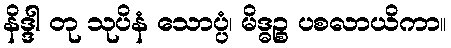
နိဒ္ဒါ တု သုပိနံ သောပ္ပံ၊ မိဒ္ဓဉ္စ ပစလာယိကာ။